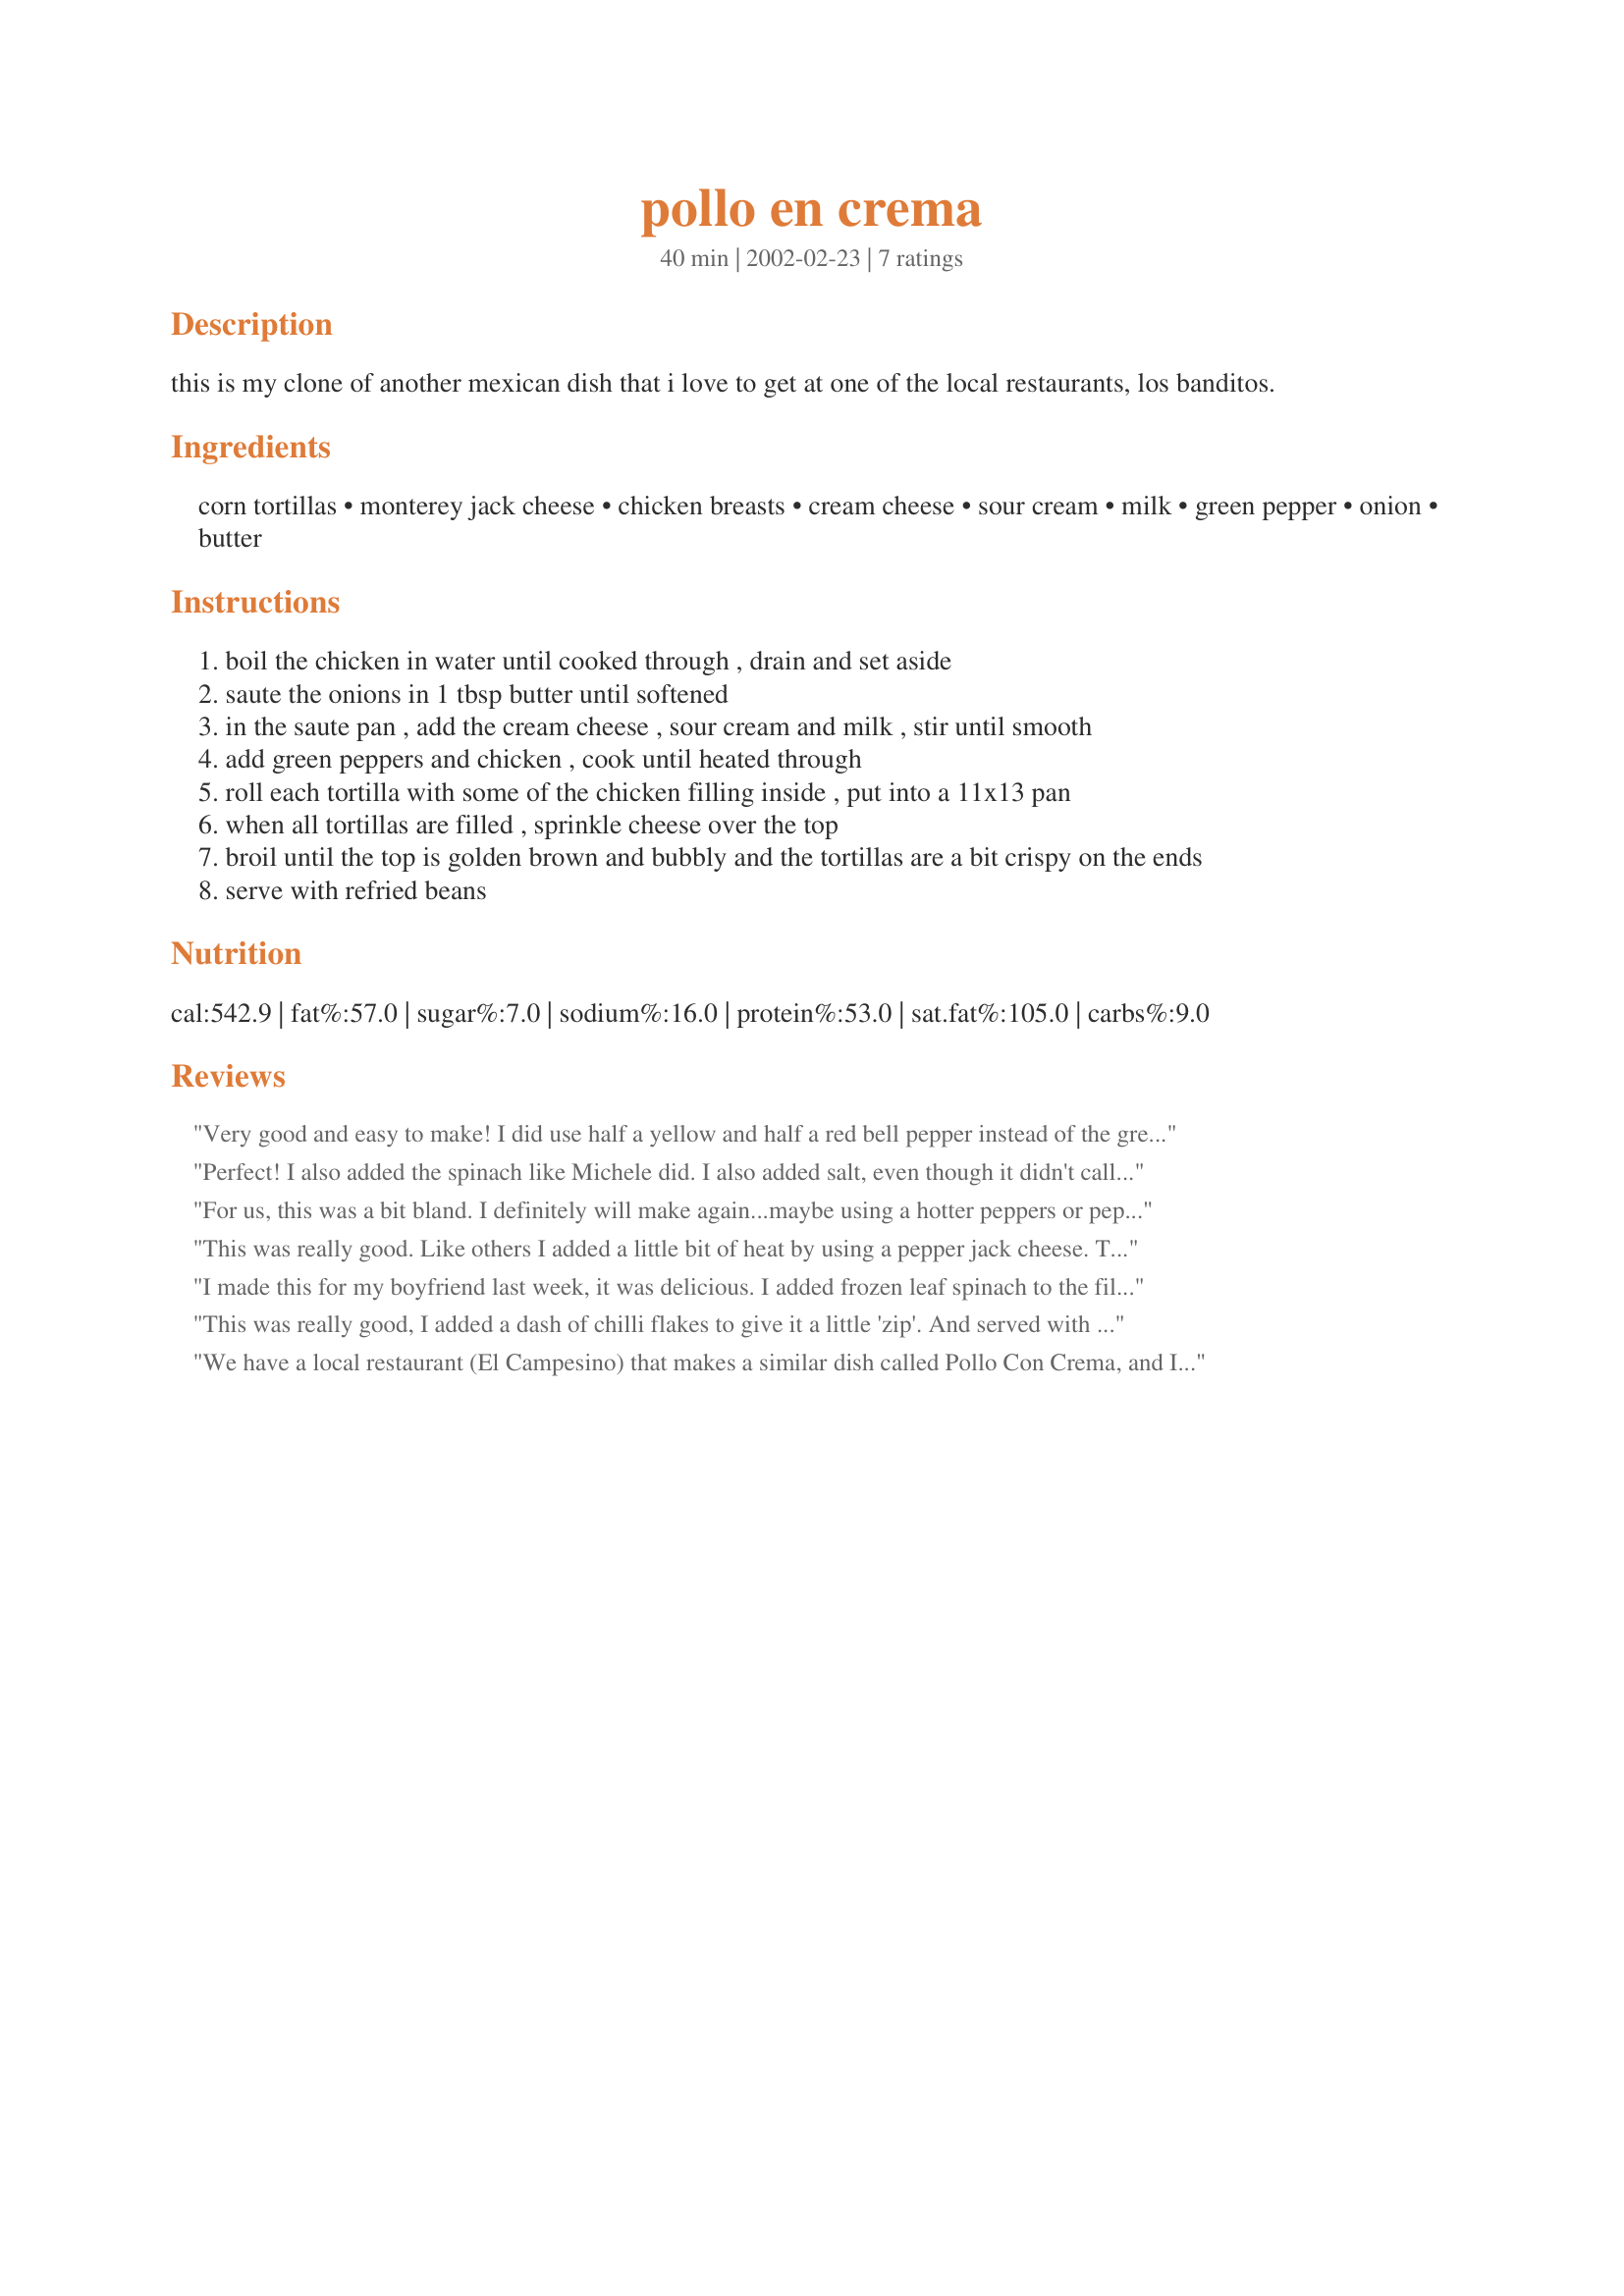
pollo en crema
Preparation time: 40 minutes

this is my clone of another mexican dish that i love to get at one of the local restaurants, los banditos.

Ingredients:
corn tortillas, monterey jack cheese, chicken breasts, cream cheese, sour cream, milk, green pepper, onion, butter

Steps:
boil the chicken in water until cooked through , drain and set aside
saute the onions in 1 tbsp butter until softened
in the saute pan , add the cream cheese , sour cream and milk , stir until smooth
add green peppers and chicken , cook until heated through
roll each tortilla with some of the chicken filling inside , put into a 11x13 pan
when all tortillas are filled , sprinkle cheese over the top
broil until the top is golden brown and bubbly and the tortillas are a bit crispy on the ends
serve with refried beans

Reviews:
 Very good and easy to make! I did use half a yellow and half a red bell pepper instead of the green. I did add a dash of tabasco to the filling also. My picky eater (Mom) actually liked it! It certainly tastes as though you spent a lot of effort, but we all know better. Thanks Erin!
Perfect! I also added the spinach like Michele did. I also added salt, even though it didn't call for that. Great recipe!
For us, this was a bit bland. I definitely will make again...maybe using a hotter peppers or pepper jack cheese, perhaps adding garlic, ect. A good base recipe, though. Made for ZWT3. Thanks for sharing!
This was really good. Like others I added a little bit of heat by using a pepper jack cheese. Thanks!
I made this for my boyfriend last week, it was delicious. I added frozen leaf spinach to the filling and it came out so good. I served it with carolina yellow saffron rice...the meal was so good it tasted like it was from a fine Mexican restaurant! Michele
This was really good, I added a dash of chilli flakes to give it a little 'zip'.
And served with Dianas refried beans, and corn on the cob.
We have a local restaurant (El Campesino) that makes a similar dish called Pollo Con Crema, and I was hoping that this would be a rendition of it. I think I would like this better if the sour cream was doubled and the cream cheese was halved. I also agree that it is a bit bland, and would recommend the addition of some spices (maybe a pinch of cumin, paprika, salt and chili powder). I would also mix up the peppers adding some jalapeno, some poblano, in addition to the green pepper. Next time I will try it out of the pan, with flour tortillas similar to how fajitas are served. Thank you for posting.
